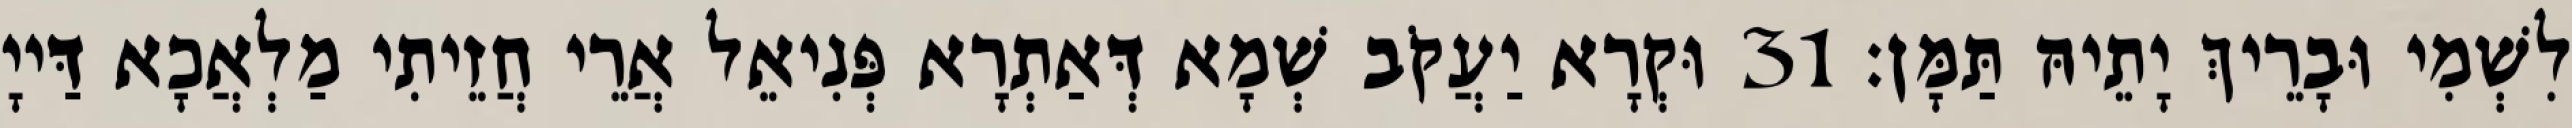
לִשְׁמִי וּבָרֵיךְ יָתֵיהּ תַּמָּן׃ 31 וּקְרָא יַעֲקֹב שְׁמָא דְּאַתְרָא פְּנִיאֵל אֲרֵי חֲזֵיתִי מַלְאֲכָא דַּייָ